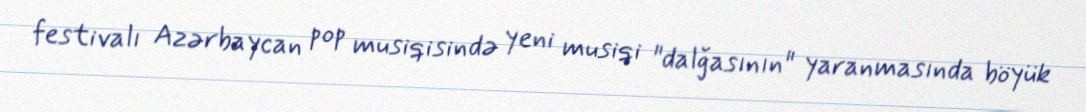
festivalı Azərbaycan pop musiqisində yeni musiqi "dalğasının" yaranmasında böyük